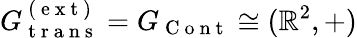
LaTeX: G_{\mathrm{~t~r~a~n~s~}}^{\mathrm{~(~e~x~t~)~}}=G_{\mathrm{~C~o~n~t~}}\cong(\mathbb{R}^{2},+)